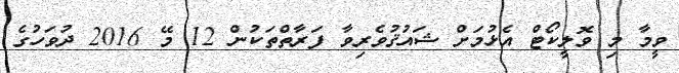
ވީމާ މި ވޮލީކޯޓް އެޅުމަށް ޝައުޤުވެރިވާ ފަރާތްތަކުން 12 މޭ 2016 ދުވަހުގެ